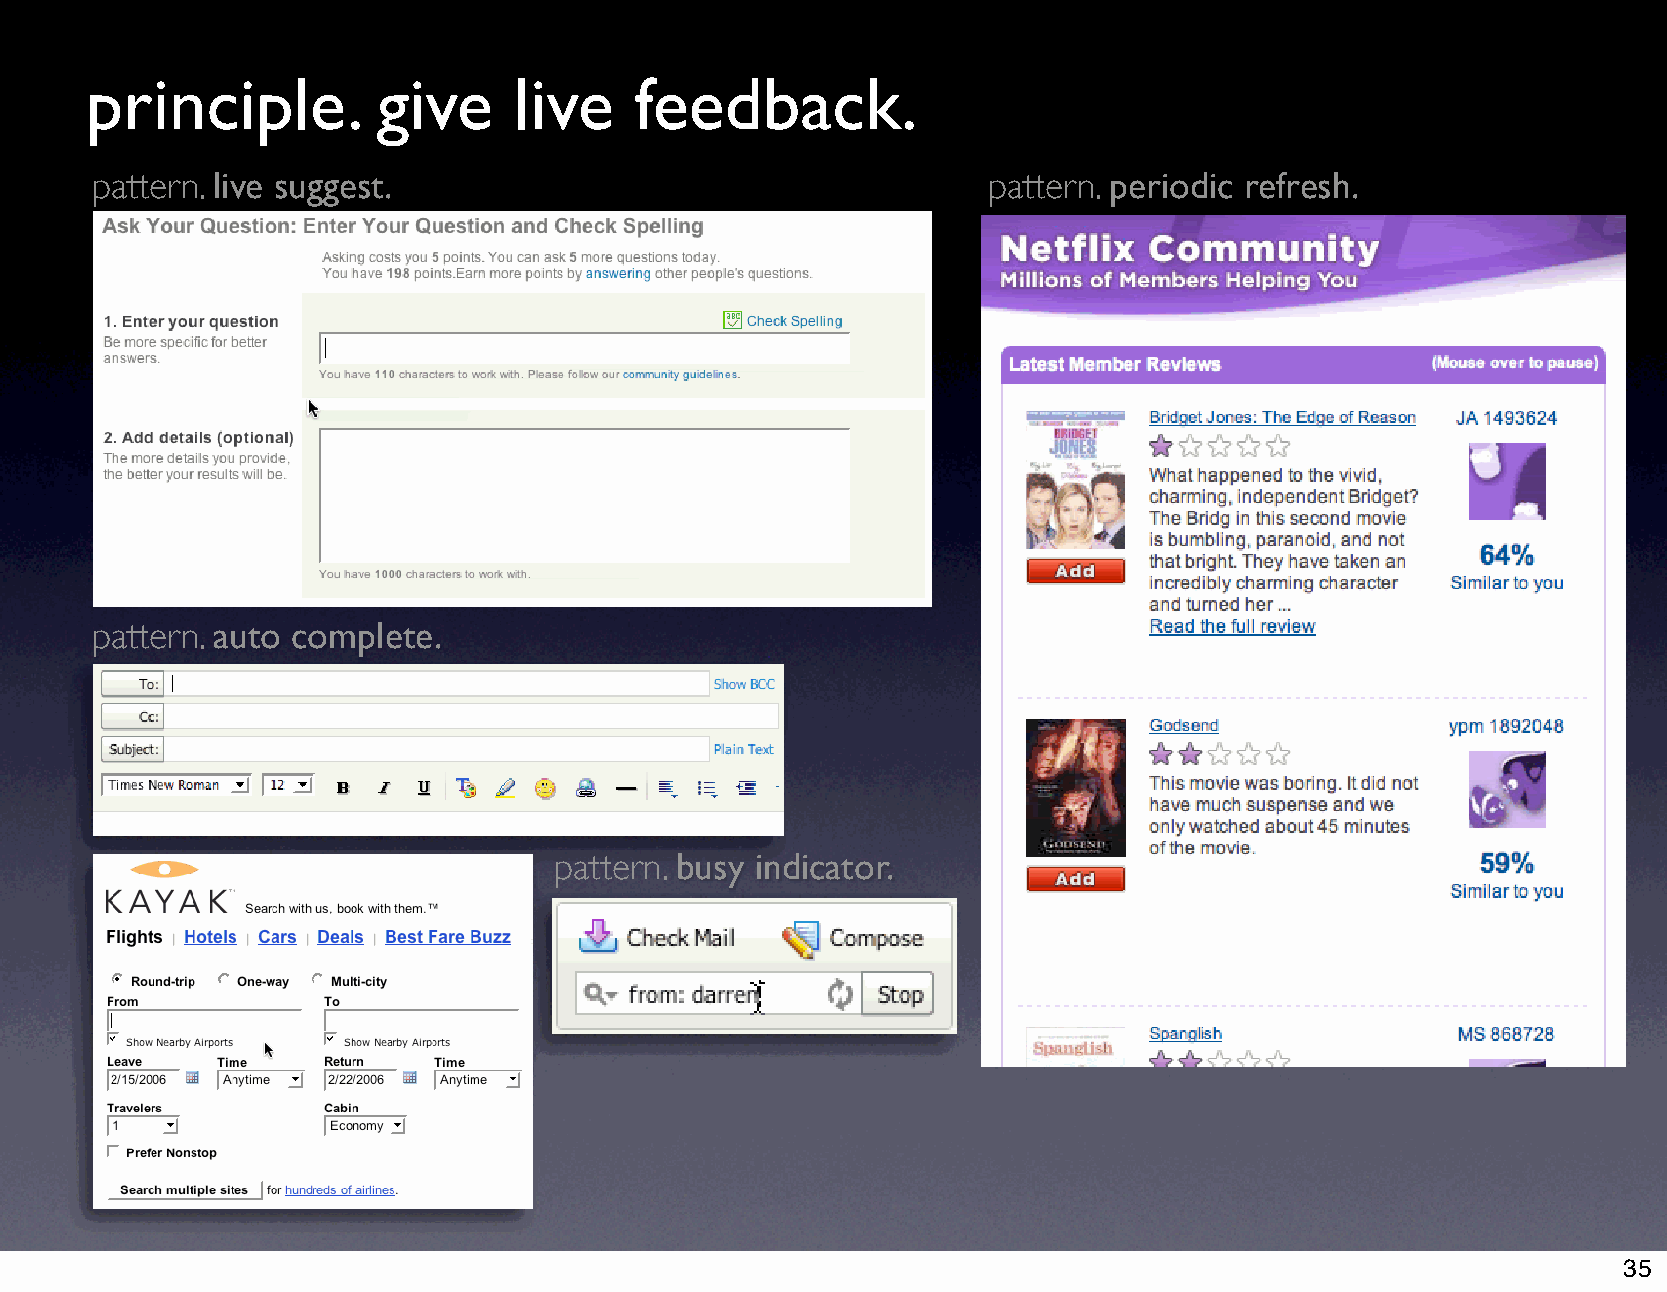
principle.         give     live    feedback.
 pattern. live suggest.                                     pattern. periodic refresh.
 pattern. auto complete.
 pattern. busy indicator.
 35